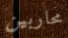
محاربين